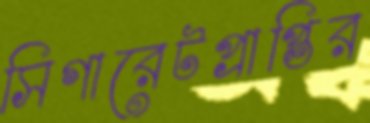
সিগারেটপ্রাপ্তির